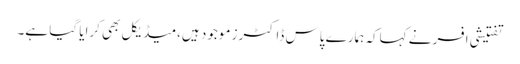
تفتیشی افسر نے کہاکہ ہمارے پاس ڈاکٹرز موجود ہیں،میڈیکل بھی کرایا گیا ہے۔